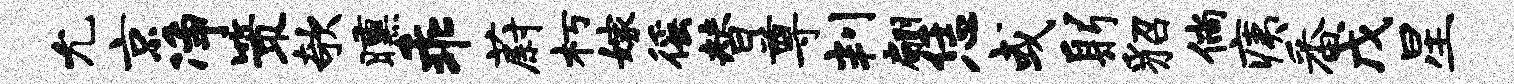
允京净策欹曛乖蔚朽嫁徭替尊判翩恁或躬貂倘痍番戊星